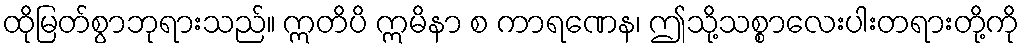
ထိုမြတ်စွာဘုရားသည်။ ဣတိပိ ဣမိနာ စ ကာရဏေန၊ ဤသို့သစ္စာလေးပါးတရားတို့ကို